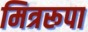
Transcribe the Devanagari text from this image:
मित्ररूपा